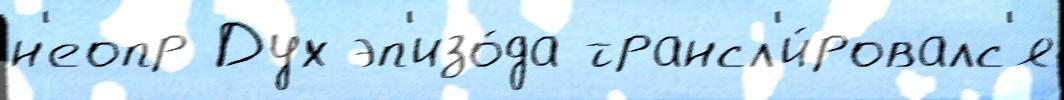
н'еопр Дух эп'изо́да трансл'и́ровалс'я